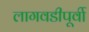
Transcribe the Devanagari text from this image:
लागवडीपूर्वी